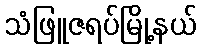
သံဖြူဇရပ်မြို့နယ်